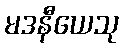
မဒနီယေသု